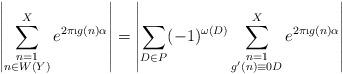
LaTeX: \begin{align*} \left|\sum_{\substack{n=1 \\ n \in W(Y)}}^X e^{2\pi \i g(n)\alpha}\right| = \left|\sum_{D \in P} (-1)^{\omega(D)} \sum_{\substack{n=1 \\ g'(n) \equiv 0 D}}^X e^{2\pi \i g(n)\alpha} \right|\end{align*}